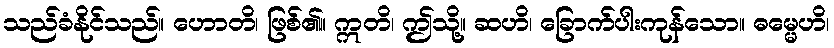
သည်ခံနိုင်သည်။ ဟောတိ၊ ဖြစ်၏။ ဣတိ၊ ဤသို့။ ဆဟိ၊ ခြောက်ပါးကုန်သော။ ဓမ္မေဟိ၊